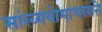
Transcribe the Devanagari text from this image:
सांख्ययोगाधाराने